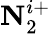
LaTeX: \textbf{N}_{2}^{i+}